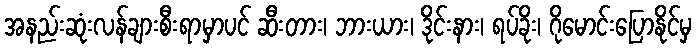
အနည်းဆုံးလန်ချားစီးရာမှာပင် ဆီးတား၊ ဘားယား၊ ဒိုင်းနား၊ ရပ်ခိုး၊ ဂိုမောင်းပြောနိုင်မှ